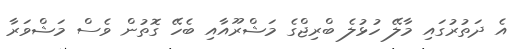
އެ ދަތުރުގައި މާލޭ ހުޅުލެ ބްރިޖްގެ މަޝްރޫއާއި ބެހޭ ގޮތުން ވެސް މަޝްވަރާ